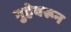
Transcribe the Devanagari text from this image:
गुहेवरून